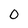
Character: 0